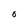
Character: O